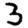
Digit: 3